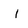
Character: l